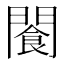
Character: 𫔨